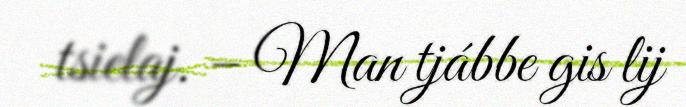
tsielaj. – Man tjábbe gis lij